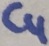
Text: C4